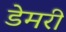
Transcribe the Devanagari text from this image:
डेमरी